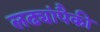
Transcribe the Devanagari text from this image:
लढ्यांपैकी